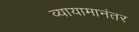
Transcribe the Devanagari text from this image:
व्यायामानंतर